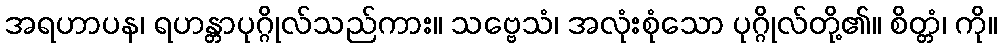
အရဟာပန၊ ရဟန္တာပုဂ္ဂိုလ်သည်ကား။ သဗ္ဗေသံ၊ အလုံးစုံသော ပုဂ္ဂိုလ်တို့၏။ စိတ္တံ၊ ကို။